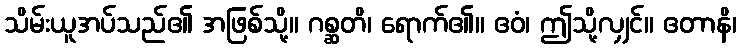
သိမ်းယူအပ်သည်၏ အဖြစ်သို့။ ဂစ္ဆတိ၊ ရောက်၏။ ဧဝံ၊ ဤသို့လျှင်။ ဧတာနိ၊